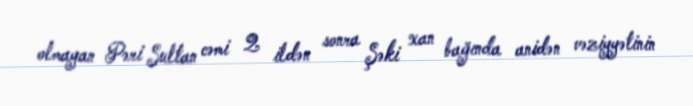
olmayan Pəri Sultan cəmi 2 ildən sonra Şəki xan bağında anidən vəziyyətinin